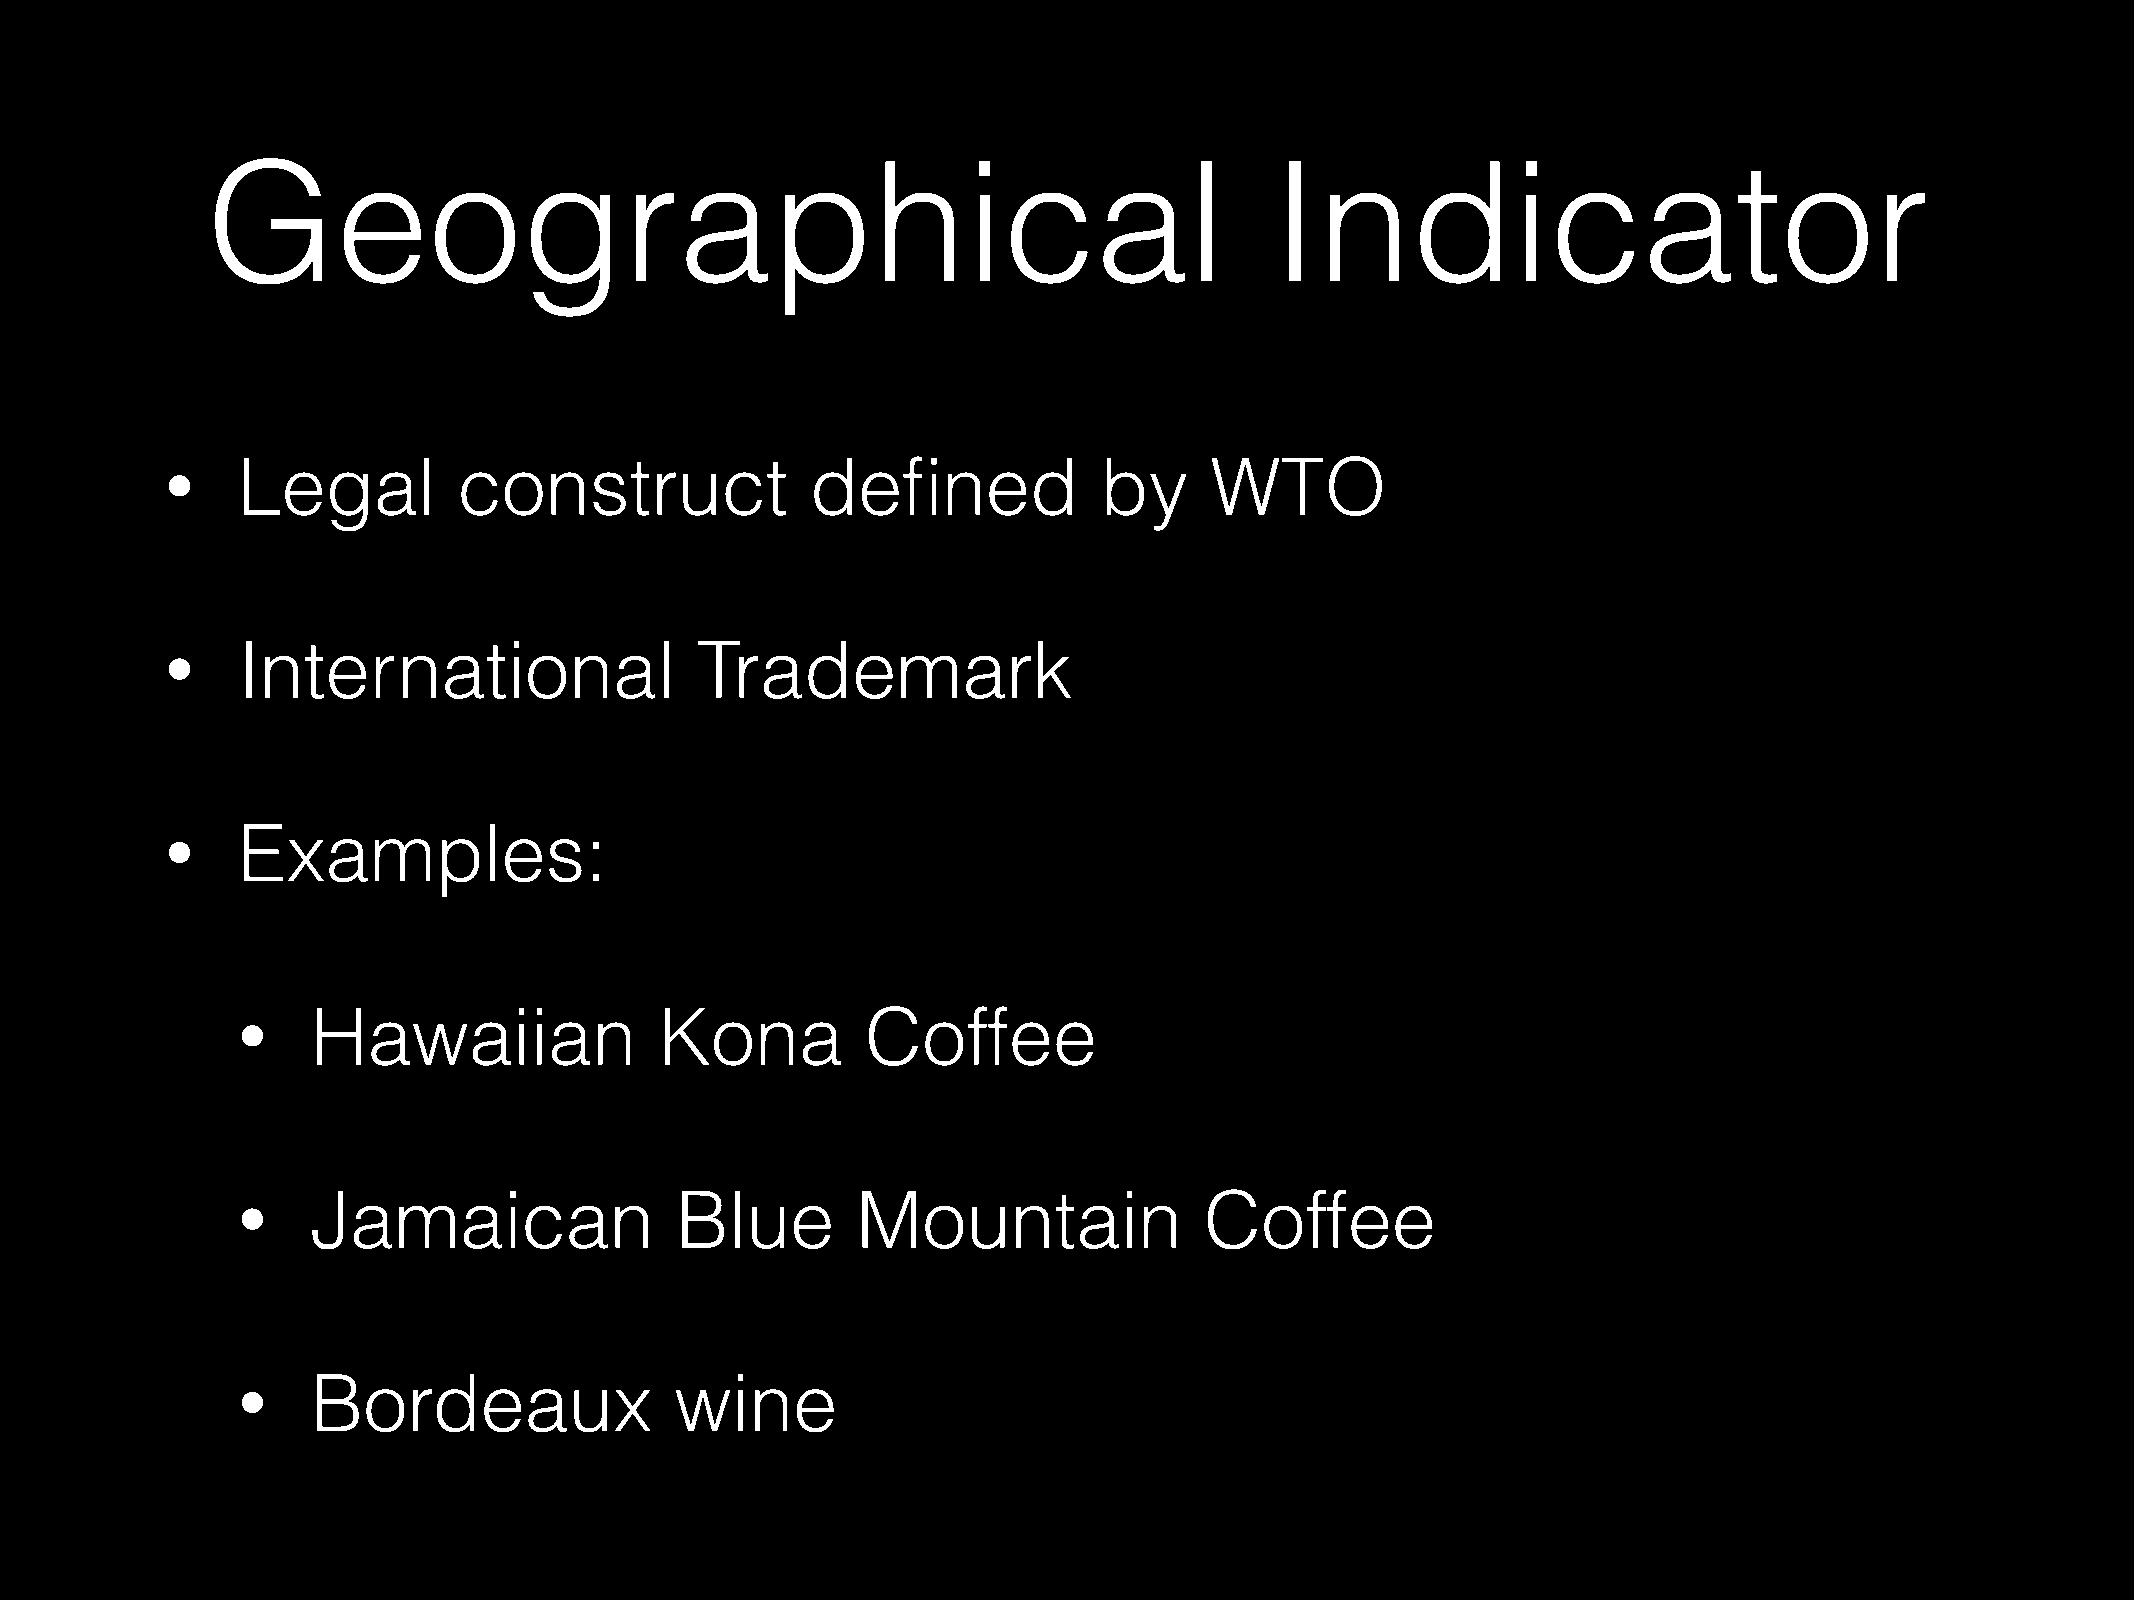
Geographical                                                          Indicator
 Legal         construct               defined            by     WTO
 •
 International                 Trademark
 •
 Examples:
 •
 Hawaiian               Kona         Coffee
 •
 Jamaican                Blue        Mountain               Coffee
 •
 Bordeaux                wine
 •